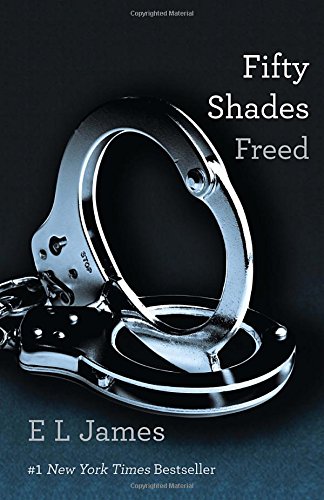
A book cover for Fifty Shades Freed: Book Three of the Fifty Shades Trilogy (Fifty Shades of Grey Series); E L James; Romance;